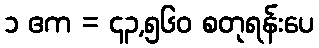
၁ ဧက = ၄၃,၅၆၀ စတုရန်းပေ